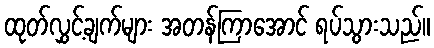
ထုတ်လွှင့်ချက်များ အတန်ကြာအောင် ရပ်သွားသည်။